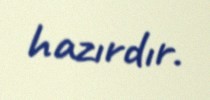
hazırdır.